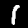
Digit: 1